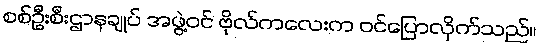
စစ်ဦးစီးဌာနချုပ် အဖွဲ့ဝင် ဗိုလ်ကလေးက ဝင်ပြောလိုက်သည်။